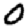
Digit: 0